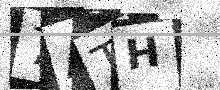
Text: 7ATH